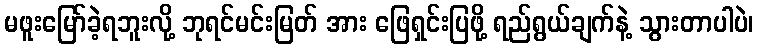
မဖူးမြော်ခဲ့ရဘူးလို့ ဘုရင်မင်းမြတ် အား ဖြေရှင်းပြဖို့ ရည်ရွယ်ချက်နဲ့ သွားတာပါပဲ၊